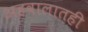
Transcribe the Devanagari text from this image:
अहवालातही